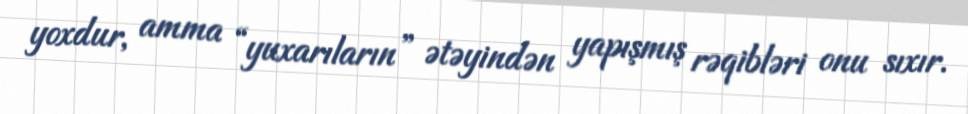
yoxdur, amma “yuxarıların” ətəyindən yapışmış rəqibləri onu sıxır.